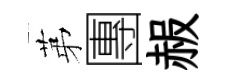
苐團赧